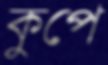
কুপে